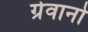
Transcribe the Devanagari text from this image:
ग्रेवानो